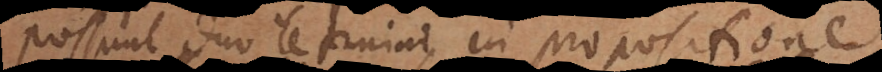
Possunt duo termini in propositione